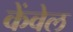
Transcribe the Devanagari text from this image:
केंवेल